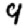
Digit: 9